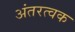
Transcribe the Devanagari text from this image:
अंतरत्वक